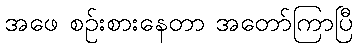
အဖေ စဉ်းစားနေတာ အတော်ကြာပြီ